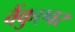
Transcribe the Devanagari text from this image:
वैंकुएवर